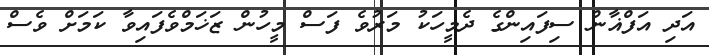
އަދި އަފްޣާން ސިފައިންގެ ދެމީހަކު މަރުވެ ފަސް މީހުން ޒަޚަމްވެފައިވާ ކަމަށް ވެސް